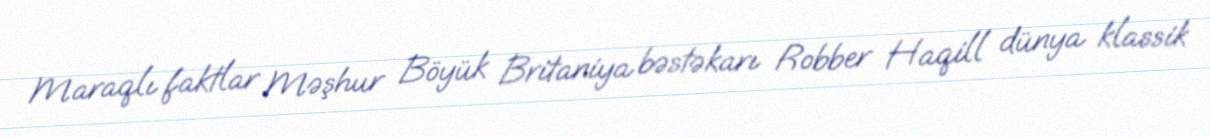
Maraqlı faktlar Məşhur Böyük Britaniya bəstəkarı Robber Haqill dünya klassik